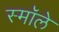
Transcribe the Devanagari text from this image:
स्मॉले